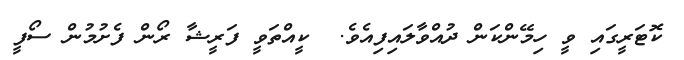
ކޮޓަރީގައި ވީ ހިމޭންކަން ދުއްވާލައިފިއެވެ.  ކީއްތަވީ ފަރީޝާ ރޯން ފެށުމުން ސޯފީ